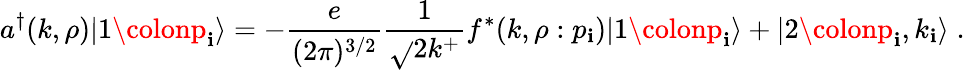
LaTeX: a^{\dagger}(k,\rho)\vert1\colonp_{\mathbf{i}}\rangle=-{\frac{{e}}{{(2\pi)^{3/2}}}}{\frac{{1}}{{\sqrt{}{{2k^{+}}}}}}f^{*}(k,\rho:p_{\mathbf{i}})\vert1\colonp_{\mathbf{i}}\rangle+\vert2\colonp_{\mathbf{i}},k_{\mathbf{i}}\rangle\; .